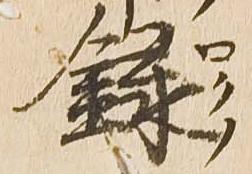
録